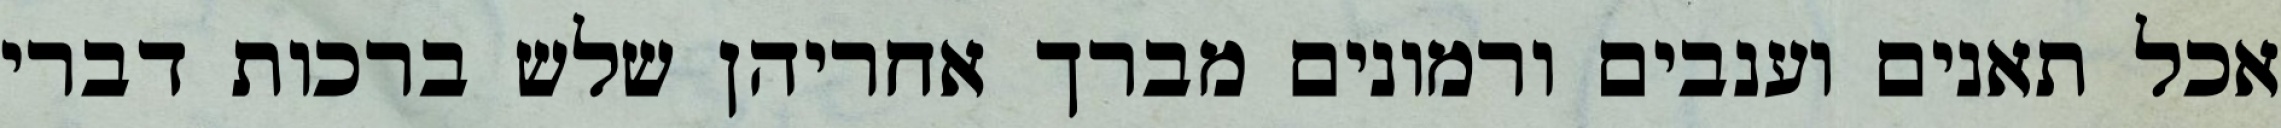
אכל תאנים וענבים ורמונים מברך אחריהן שלש ברכות דברי